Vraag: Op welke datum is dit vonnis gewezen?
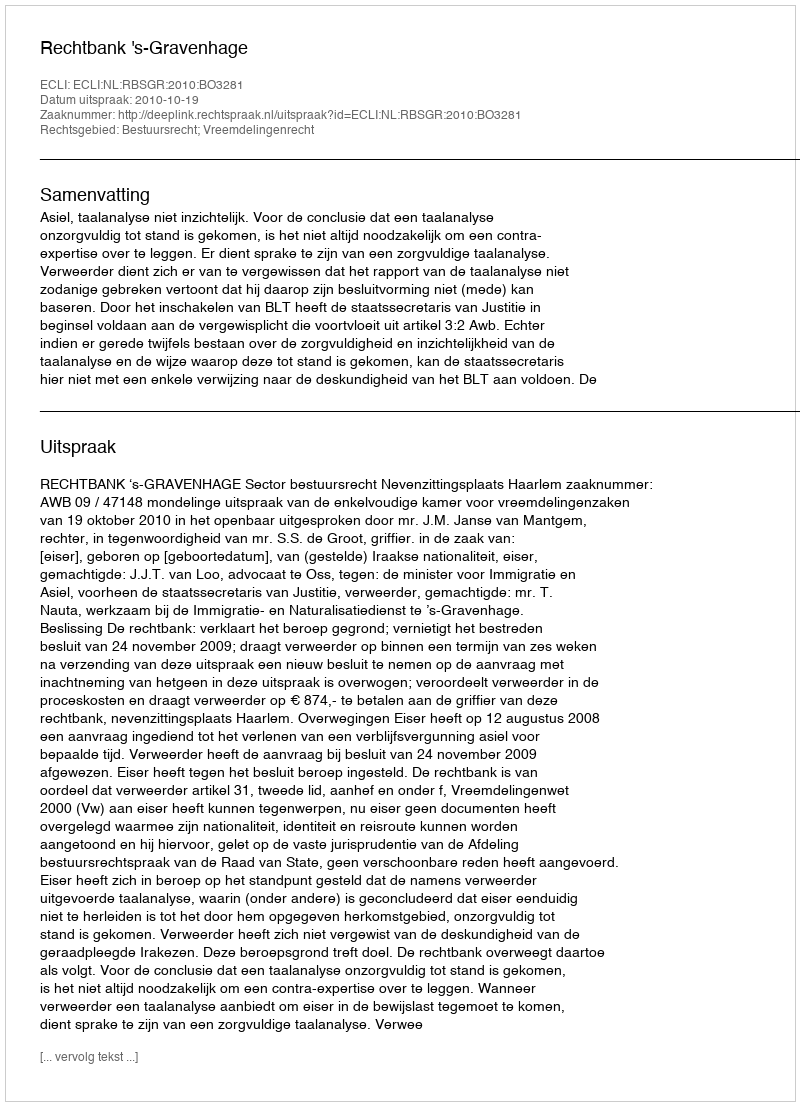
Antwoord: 2010-10-19